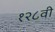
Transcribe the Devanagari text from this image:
१२८वी